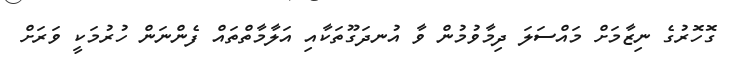
ގޮހޮރުގެ ނިޒާމަށް މައްސަލަ ދިމާވުމުން ވާ އުނދަގޫތަކާއި އަލާމާތްތައް ފެންނަން ހުރުމަކީ ވަރަށް